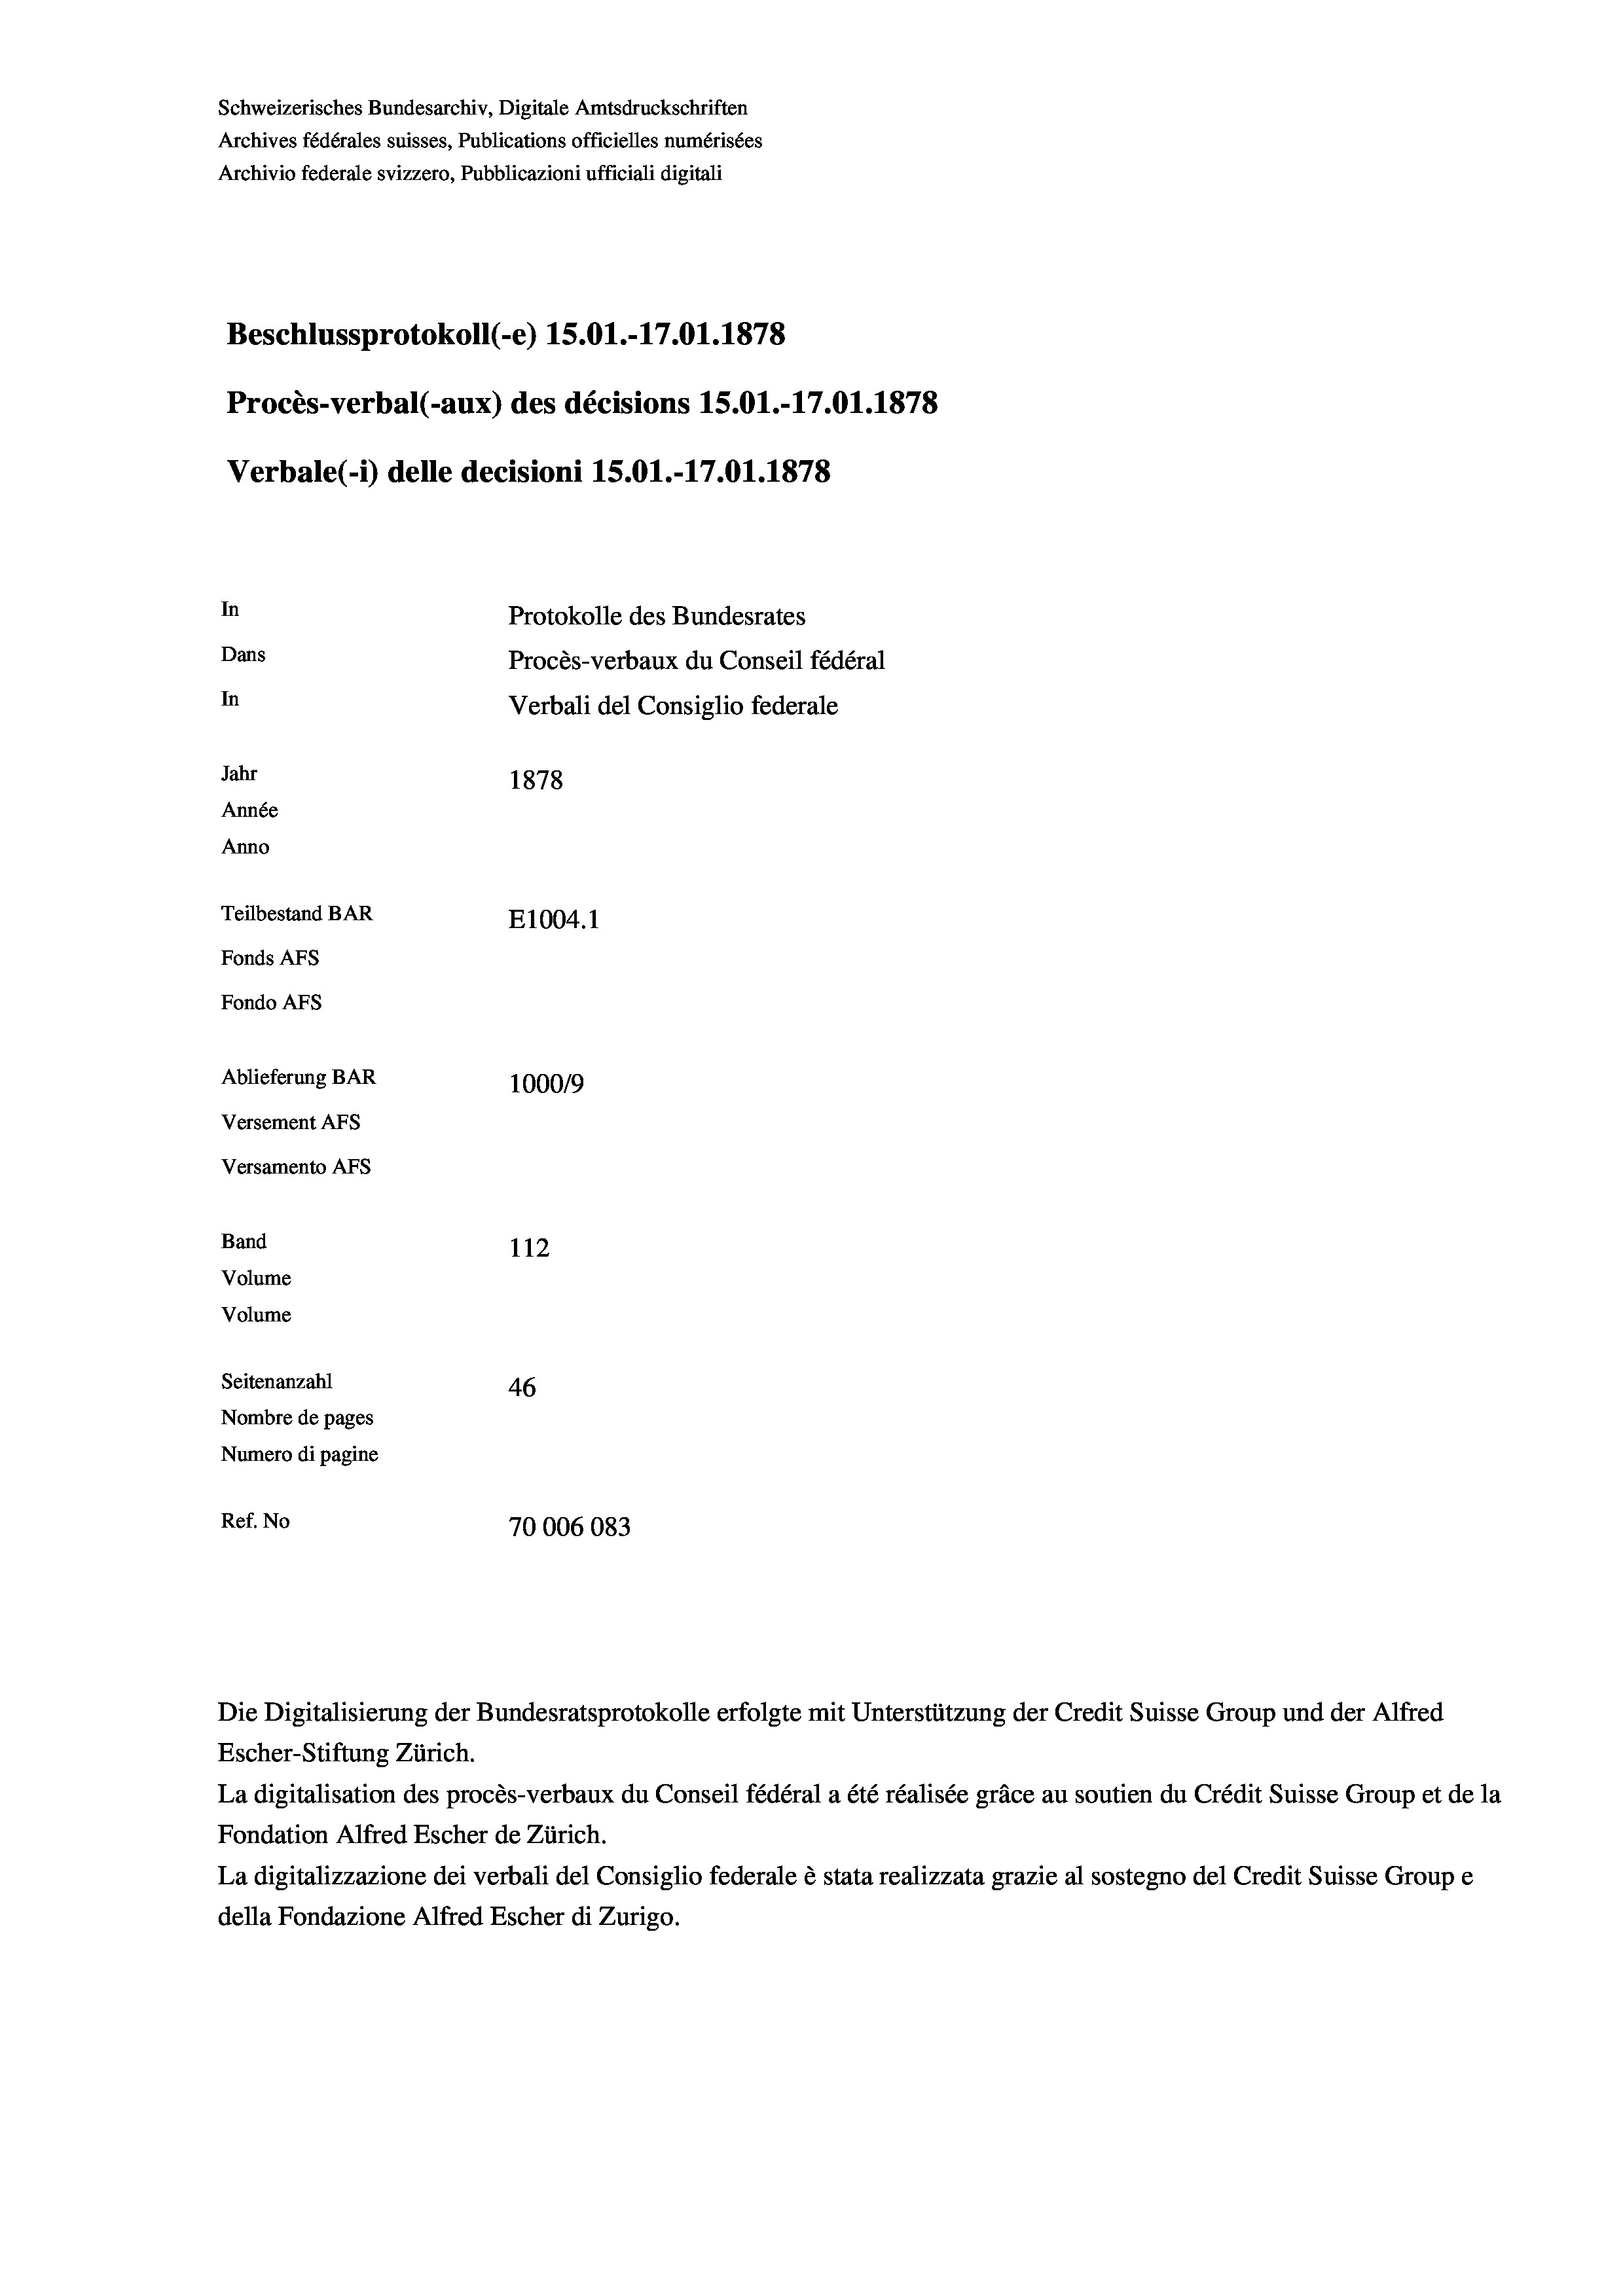
Schweizerisches Bundesarchiv, Digitale Amtsdruckschriften
Archives fédérales suisses, Publications officielles numérisées
Archivio federale svizzero, Pubblicazioni ufficiali digitali
Beschlussprotokoll (-e) 15.01.-17.01. 1878
Procès-verbal (-aux) des décisions 15.01.-17.01. 1878
Verbale(*) delle decisioni 1S.O1.-17.01. 1878
In
Protokolle des Bundesrates
Dans
Procès-verbaux du Conseil fédéral
In
Verbali del Consiglio federale
Jahr
1878
Année
Anno
Teilbestand BAR
E1004. 1
Fonds AFs
Fondo AFS
Ablieferung BAR
100019
Versement AFs
Versamento AFs
Band
112
Volume
Volume

Seitenanzahl
46
Nombre de pages
Numero di pagine
Ref. No
70006083

Escher-Stiftung Zürich.
La digitalisation des procès-verbaux du Conseil fédéral a été réalisée gräce au soutien du Crédit Suisse Group et de la
Fondation Alfred Escher de Zürich.
La digitalizzazione dei verbali del Consiglio federale è stata realizzata grazie al sostegno del Credit Suisse Groupe
della Fondazione Alfred Escher di Zurigo.

Die Digitalisierung der Bundesratsprotokolle erfolgte mit Unterstützung der Credit Suisse Group und der Alfred